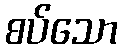
စပ်သော